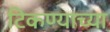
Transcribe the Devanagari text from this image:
टिकण्याच्या